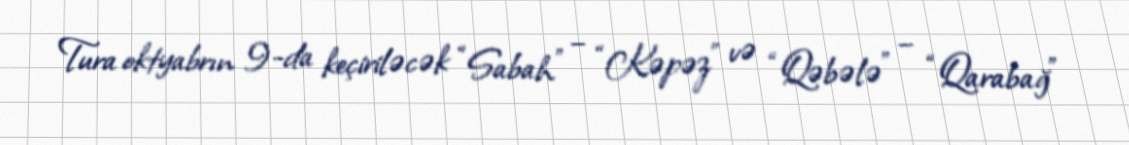
Tura oktyabrın 9-da keçiriləcək “Sabah” – “Kəpəz” və “Qəbələ” – “Qarabağ”